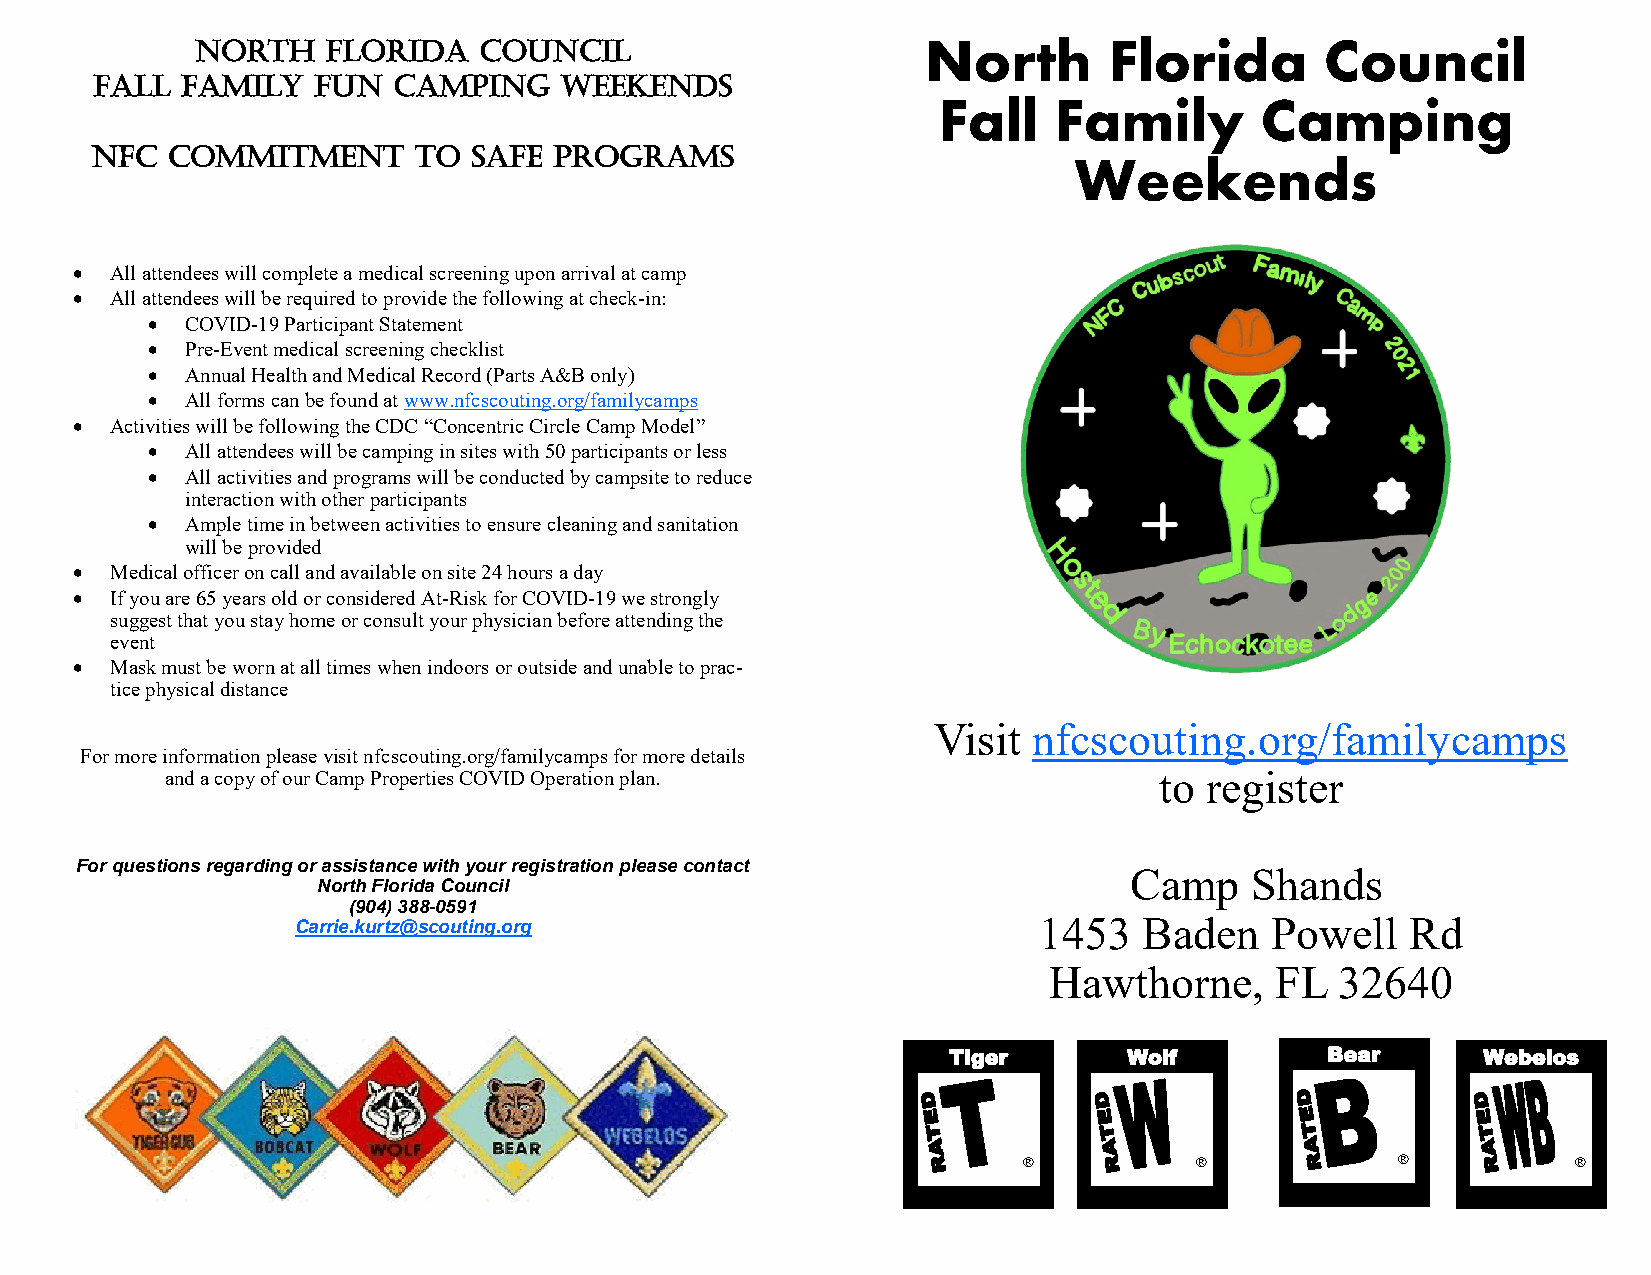
North    Florida   Council                      North       Florida        Council
 Fall  Family   Fun  Camping    weekends
 Fall    Family       Camping
 NFC  Commitment      to  safe  programs
 Weekends
 • All attendees will complete a medical screening upon arrival at camp
 • All attendees will be required to provide the following at check-in:
 • COVID-19 Participant Statement
 • Pre-Event medical screening checklist
 • Annual Health and Medical Record (Parts A&B only)
 • All forms can be found at www.nfcscouting.org/familycamps
 • Activities will be following the CDC “Concentric Circle Camp Model”
 • All attendees will be camping in sites with 50 participants or less
 • All activities and programs will be conducted by campsite to reduce
 interaction with other participants
 • Ample time in between activities to ensure cleaning and sanitation
 will be provided
 • Medical officer on call and available on site 24 hours a day
 • If you are 65 years old or considered At-Risk for COVID-19 we strongly
 suggest that you stay home or consult your physician before attending the
 event
 • Mask must be worn at all times when indoors or outside and unable to prac-
 tice physical distance
 Visit nfcscouting.org/familycamps
 For more information please visit nfcscouting.org/familycamps for more details
 and a copy of our Camp Properties COVID Operation plan.           to register
 For questions regarding or assistance with your registration please contact
 Camp    Shands
 North Florida Council
 (904) 388-0591
 Carrie.kurtz@scouting.org                        1453   Baden   Powell   Rd
 Hawthorne,     FL   32640
 Tiger       Wolf         Bear      Webelos
 ®          ®             ®          ®